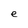
Character: e